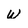
Character: w